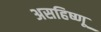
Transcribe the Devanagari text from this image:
असहिष्णू